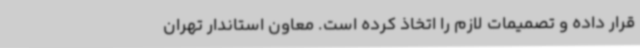
قرار داده و تصمیمات لازم را اتخاذ کرده است. معاون استاندار تهران